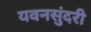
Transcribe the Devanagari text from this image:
यवनसुंदरी